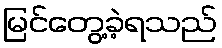
မြင်တွေ့ခဲ့ရသည်